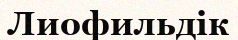
Лиофильдік